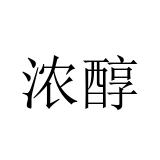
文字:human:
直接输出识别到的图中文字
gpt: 浓醇